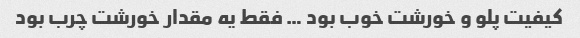
کیفیت پلو و خورشت خوب بود … فقط یه مقدار خورشت چرب بود